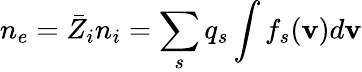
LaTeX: n_{e}=\bar{Z}_{i}n_{i}=\sum_{s}q_{s}\int f_{s}({\mathbf{v}})d{\mathbf{v}}